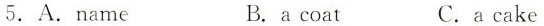
5.A.ame B. a coat C. a cake